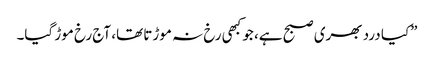
”کیا درد بھری صبح ہے، جو کبھی رخ نہ موڑتا تھا، آج رخ موڑ گیا۔